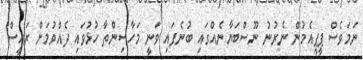
ނަމަވެސް ޕީޕީއެމުން ނެރުނު ނޫސްބަޔާނެއްގައި ބުނެފައި ވަނީ މަހާސިންތާ ހުޅުވައި ދެއްވުމަށް ރައީސް